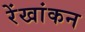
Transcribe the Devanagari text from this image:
रेंखांकन